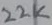
Text: 22K